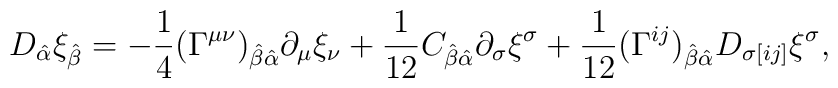
D_{\hat\alpha} \xi_{\hat\beta}=-{\frac{1}{4}}(\Gamma^{\mu\nu})_{\hat\beta\hat\alpha} \partial_\mu\xi_\nu+{\frac{1}{12}}C_{\hat\beta\hat\alpha} \partial_\sigma\xi^\sigma+{\frac{1}{12}}(\Gamma^{ij})_{\hat\beta\hat\alpha}D_{\sigma[ij]} \xi^{\sigma},